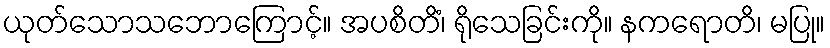
ယုတ်သောသဘောကြောင့်။ အပစိတိံ၊ ရိုသေခြင်းကို။ နကရောတိ၊ မပြု။